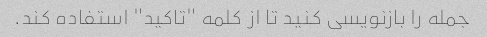
جمله را بازنویسی کنید تا از کلمه "تاکید" استفاده کند.